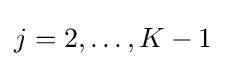
j=2,\ldots ,K-1